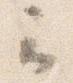
云